Lunatic asylums Central Provinces reports 1874-1885 - 1874-1885
Year: 1874
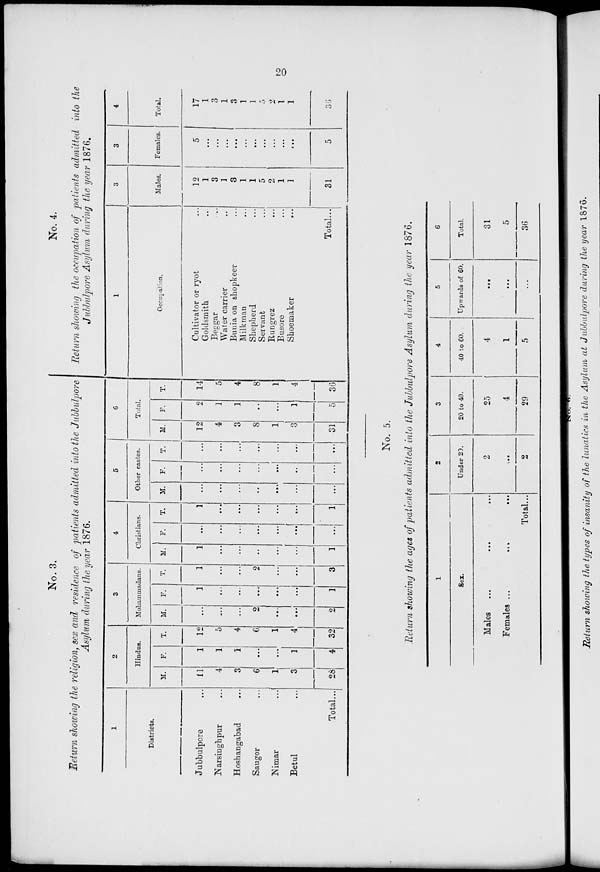
20
No. 3.
Return showing the religion, sex and residence of patients admitted into the Jubbulpore
Asylum during the year 1876.
1
Districts.
Jubbulpore ...
Narsinghpur ...
Hoshangabad ...
Saugor ...
Nimar ...
Betul ...
Total...
2
Hindus.
M.
11
4
3
6
1
3
28
F.
1
1
1
...
...
1
4
T.
12
5
4
6
1
4
32
3
Mohammadans.
M.
...
...
...
2
...
...
2
F.
1
...
...
...
...
...
1
T.
1
...
...
2
...
...
3
4
Christians.
M.
1
...
...
...
...
...
1
F.
...
...
...
...
...
...
...
T.
1
...
...
...
...
...
1
5
Other castes.
M.
...
...
...
...
...
...
...
F.
...
...
...
...
...
...
...
T.
...
...
...
...
...
...
...
6
Total.
M.
12
4
3
8
1
3
31
F.
2
1
1
...
...
1
5
T.
14
5
4
8
1
4
36
No. 4.
Return showing the occupation of patients admitted into the
Jubbulpore Asylum during the year 1876.
1
Occupation.
Cultivator or ryot ...
Goldsmith ...
Beggar ...
Water carrier ...
Bunia on shopkeer ...
Milkman ...
Shepherd ...
Servant ...
Rungrez ...
Busore ...
Shoemaker ...
Total...
3
Males.
12
1
3
1
3
1
1
5
2
1
1
31
3
Females.
5
...
...
...
...
...
...
...
...
...
...
5
4
Total.
17 1
3
1
3
1
1
5
2
1
1
36
No. 5.
Return showing the ages of patients admitted into the Jubbulpore Asylum during the year 1876.
1
Sex.
Males ... ... ...
Females ...
...
...
Total...
2
Under 20.
2
...
2
3
20 to 40.
25
4
29
4
40 to 60.
4
1
5
5
Upwards of 60.
...
...
...
6
Total.
31
5
36